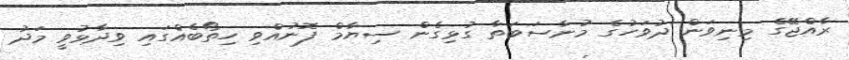
ރާއްޖޭގެ މިނިވަން ދުވަހުގެ މުނާސަބަތާ ގުޅިގެން ސިޔާމް ފޮނުއްވި ހިތޯބެއްގައި ވިދާޅުވީ މަދު